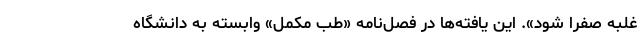
غلبه صفرا شود». این یافته‌ها در فصل‌نامه «طب مکمل» وابسته به دانشگاه